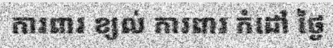
ការពារ ខ្យល់ ការពារ កំដៅ ថ្ងៃ